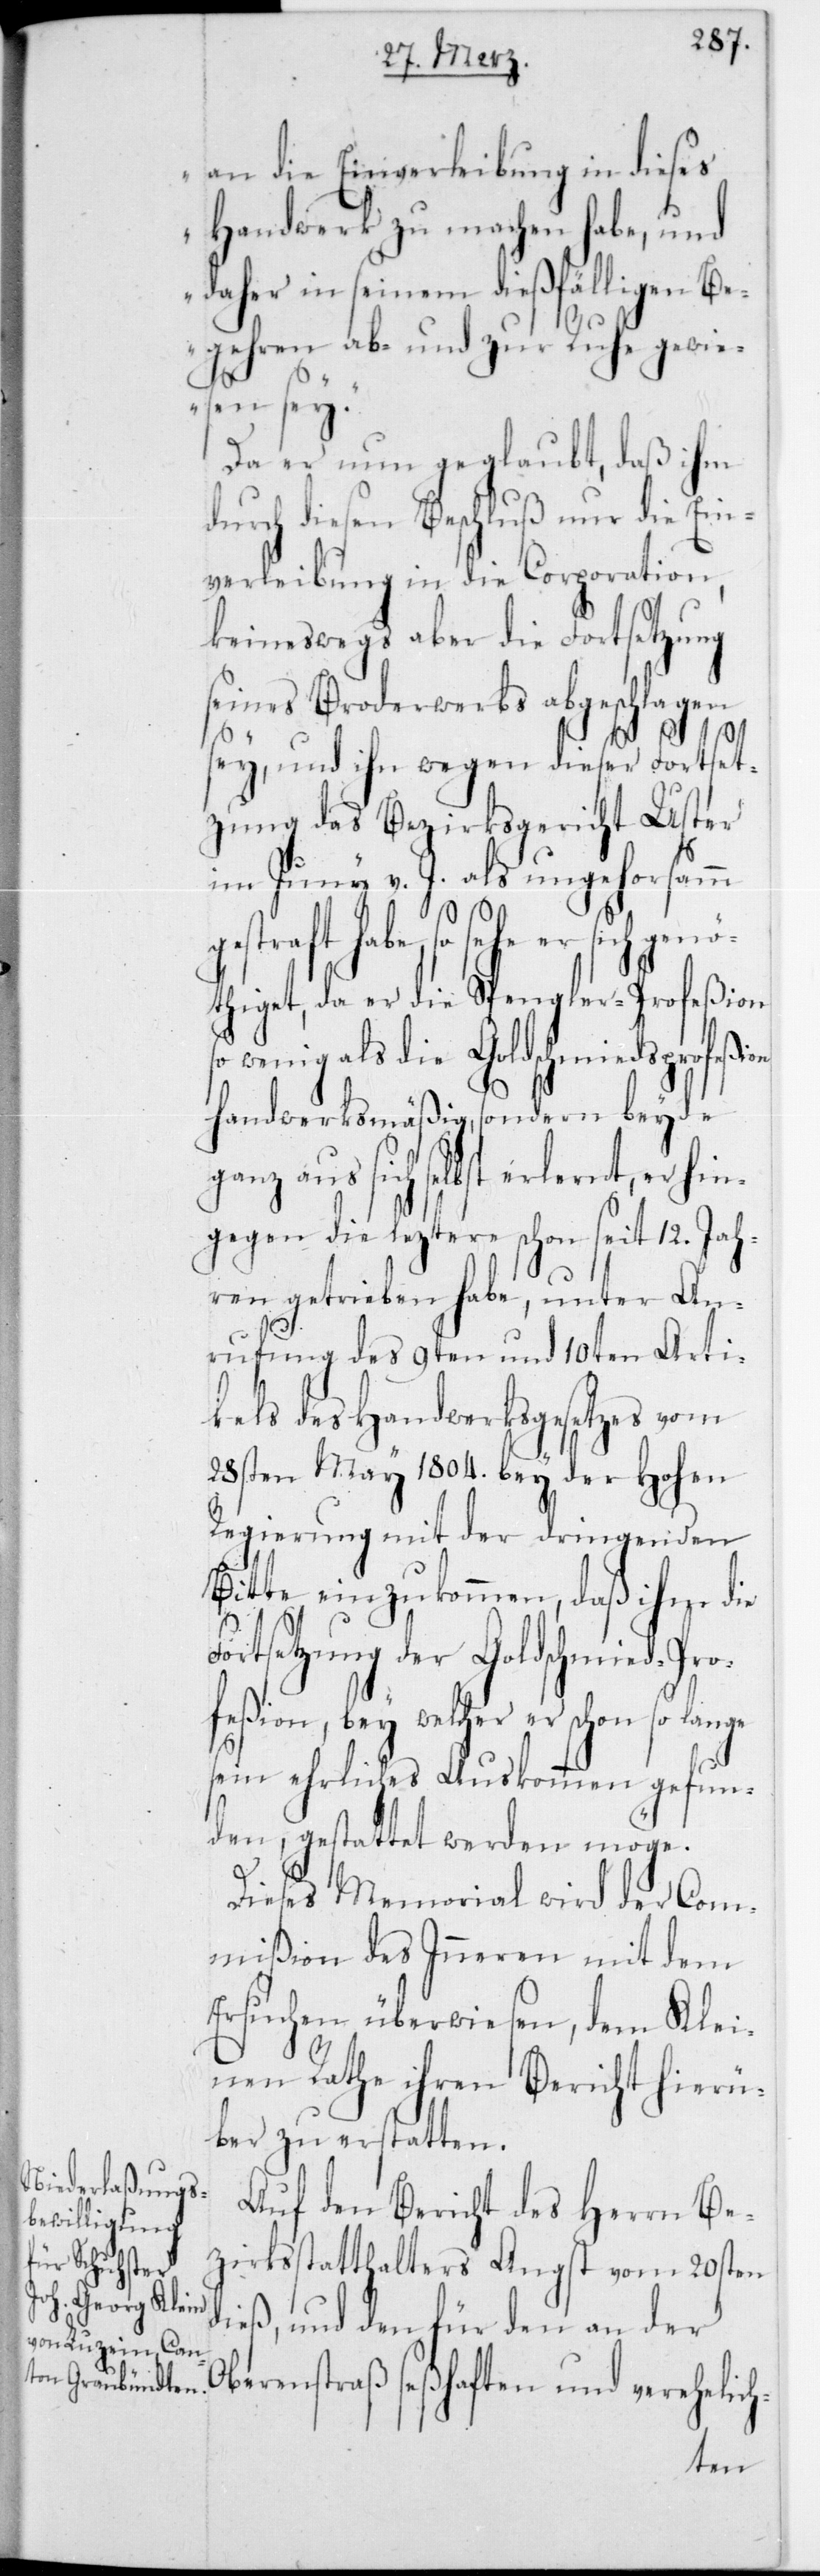
er sich gen¬
t, er hin¬

an die Einverleibung in dieses
Handwerk zu machen habe, und
daher in seinem dießfälligen Be¬
gehren ab- und zur Ruhe gewie¬
sen sey“.
Da er nun geglaubt, daß ihm
durch diesen Beschluß nur die Ein¬
verleibung in die Corporation,
keineswegs aber die Fortsetzung
seines Broderwerbs abgeschlagen
sey, und ihn wegen dieser Fortset¬
zung das Bezirksgericht Uster
im Juny v. J. als ungehorsamm
gestraft habe, so sehe
öthiget, da er die Spengler-Profeßion
wenig als die Goldschmiedsprofeßion
handwerksmäßig, sondern beyde
ganz aus sich selbst erlern¬
gegen die leztere schon seit 12 Jah¬
ren getrieben habe, unter An¬
rufung des 9ten und 10ten Arti¬
kels des Handwerksgesetzes vom
28sten May 1804 bey der Hohen
Regierung mit der dringenden
Bitte einzukommen, daß ihm die
ortsetzung der Goldschmied-Pro¬
feßion, bey welcher er schon so lange
sein ehrliches Auskommen gefun¬
den, gestattet werden möge.
F¬
Dieses Memorial wird der Com¬
mißion des Innern mit dem
Ersuchen überwiesen, dem Klei¬
nen Rathe ihren Bericht hierü¬
ber zu erstatten.
Auf den Bericht des Herrn Be¬
zirksstatthalters Angst vom 20sten
dieß, und den für den an der
Oberenstraß seßhaften und verehelich-